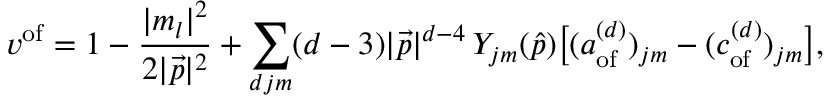
v ^ { \mathrm { o f } } = 1 - { \frac { | m _ { l } | ^ { 2 } } { 2 | { \vec { p } } | ^ { 2 } } } + \sum _ { d j m } ( d - 3 ) | { \vec { p } } | ^ { d - 4 } \, Y _ { j m } ( { \hat { p } } ) { \big [ } ( a _ { \mathrm { o f } } ^ { ( d ) } ) _ { j m } - ( c _ { \mathrm { o f } } ^ { ( d ) } ) _ { j m } { \big ] } ,